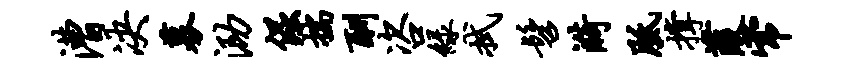
漕决募泐倔揣酬咨绿拭髫漪胝撑葭常